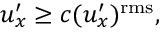
u _ { x } ^ { \prime } \ge c ( u _ { x } ^ { \prime } ) ^ { \mathrm { r m s } } ,